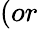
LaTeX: (or